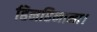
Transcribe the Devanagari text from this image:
हिनहिनाना।